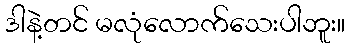
ဒါနဲ့တင် မလုံလောက်သေးပါဘူး။